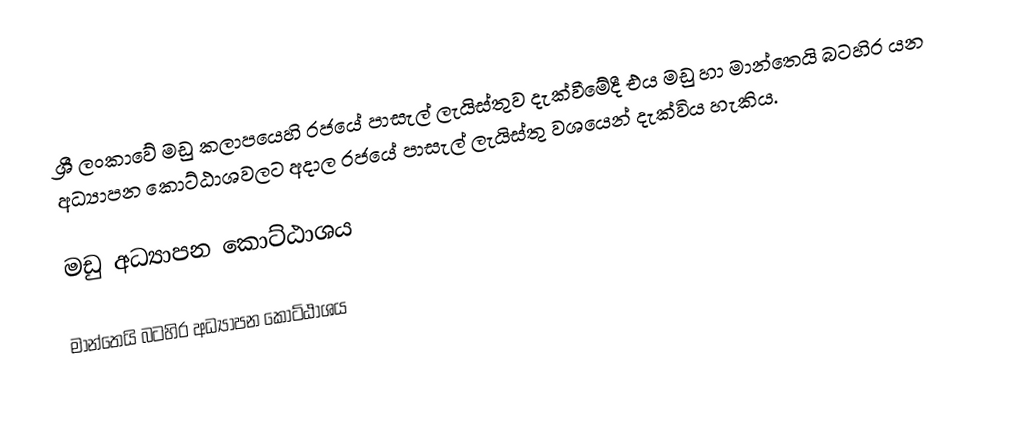
ශ්‍රී ලංකාවේ මඩු කලාපයෙහි රජයේ පාසැල් ලැයිස්තුව  දැක්වීමේදී  එය මඩු හා මාන්තෙයි බටහිර යන අධ්‍යාපන කොට්ඨාශවලට අදාල රජයේ පාසැල් ලැයිස්තු වශයෙන් දැක්විය හැකිය.

මඩු අධ්‍යාපන කොට්ඨාශය

මාන්තෙයි බටහිර අධ්‍යාපන කොට්ඨාශය